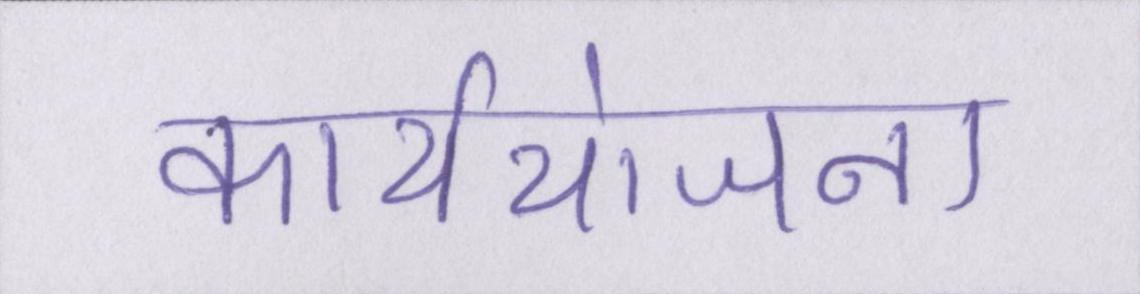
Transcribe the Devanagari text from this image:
कार्ययोजना